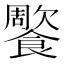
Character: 𩞺